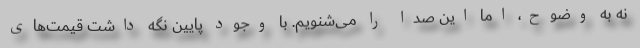
نه به وضوح، اما این صدا را می‌شنویم. با وجود پایین نگه داشت قیمت‌های